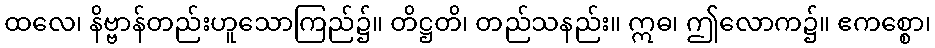
ထလေ၊ နိဗ္ဗာန်တည်းဟူသောကြည်၌။ တိဋ္ဌတိ၊ တည်သနည်း။ ဣဓ၊ ဤလောက၌။ ဧကစ္စော၊